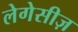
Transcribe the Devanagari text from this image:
लेगेसीज़